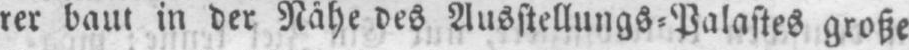
rer baut in der Nähe des Ausstellungs⸗Palastes große